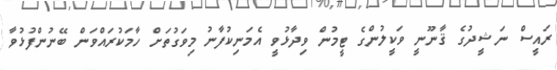
ރައީސް ނަޝީދުގެ ޤާނޫނީ ވަކީލުންގެ ޓީމުން ވިދާޅުވީ އެމަނިކުފާނު މިވަގުތަށް ހާމަކުރައްވަން ބޭނުންފުޅުވާ